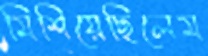
মিশিয়েছিলেম